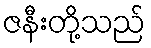
ဇနီးတို့သည်